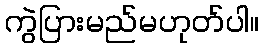
ကွဲပြားမည်မဟုတ်ပါ။